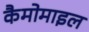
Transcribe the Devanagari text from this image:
कैमोमाइल